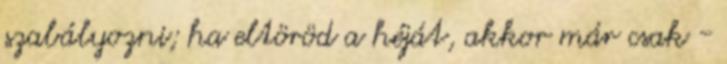
szabályozni; ha eltöröd a héját, akkor már csak -